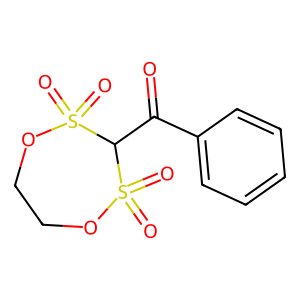
SMILES: O=C(c1ccccc1)C1S(=O)(=O)OCCOS1(=O)=O
Inhibits HIV replication: No